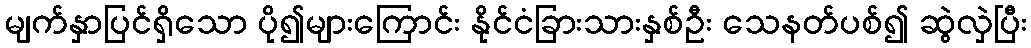
မျက်နှာပြင်ရှိသော ပို၍များကြောင်း နိုင်ငံခြားသားနှစ်ဦး သေနတ်ပစ်၍ ဆွဲလှဲပြီး